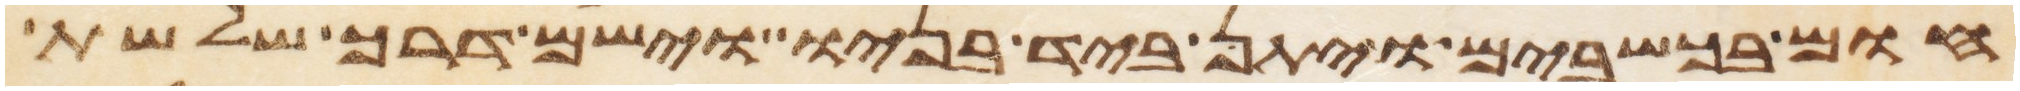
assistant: חום בכשבים ויתן ביד בניו וישם דרך שלשת